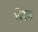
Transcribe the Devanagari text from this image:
विदुः॥